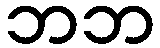
ဘဘ